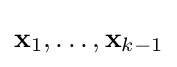
\mathbf {x} _{1},\ldots ,\mathbf {x} _{k-1}